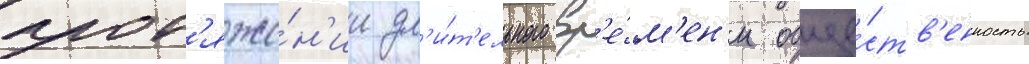
прот'яже́н'ии дл'и́т'ельного вр'е́м'ен'и обще́ств'енность